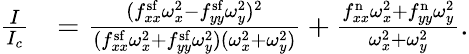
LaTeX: \begin{array}{rl}{\frac{I}{I_{c}}}&{=\frac{(f_{xx}^{\mathrm{sf}}\omega_{x}^{2}-f_{yy}^{\mathrm{sf}}\omega_{y}^{2})^{2}}{(f_{xx}^{\mathrm{sf}}\omega_{x}^{2}+f_{yy}^{\mathrm{sf}}\omega_{y}^{2})(\omega_{x}^{2}+\omega_{y}^{2})}+\frac{f_{xx}^{\mathrm{n}}\omega_{x}^{2}+f_{yy}^{\mathrm{n}}\omega_{y}^{2}}{\omega_{x}^{2}+\omega_{y}^{2}}.}\end{array}